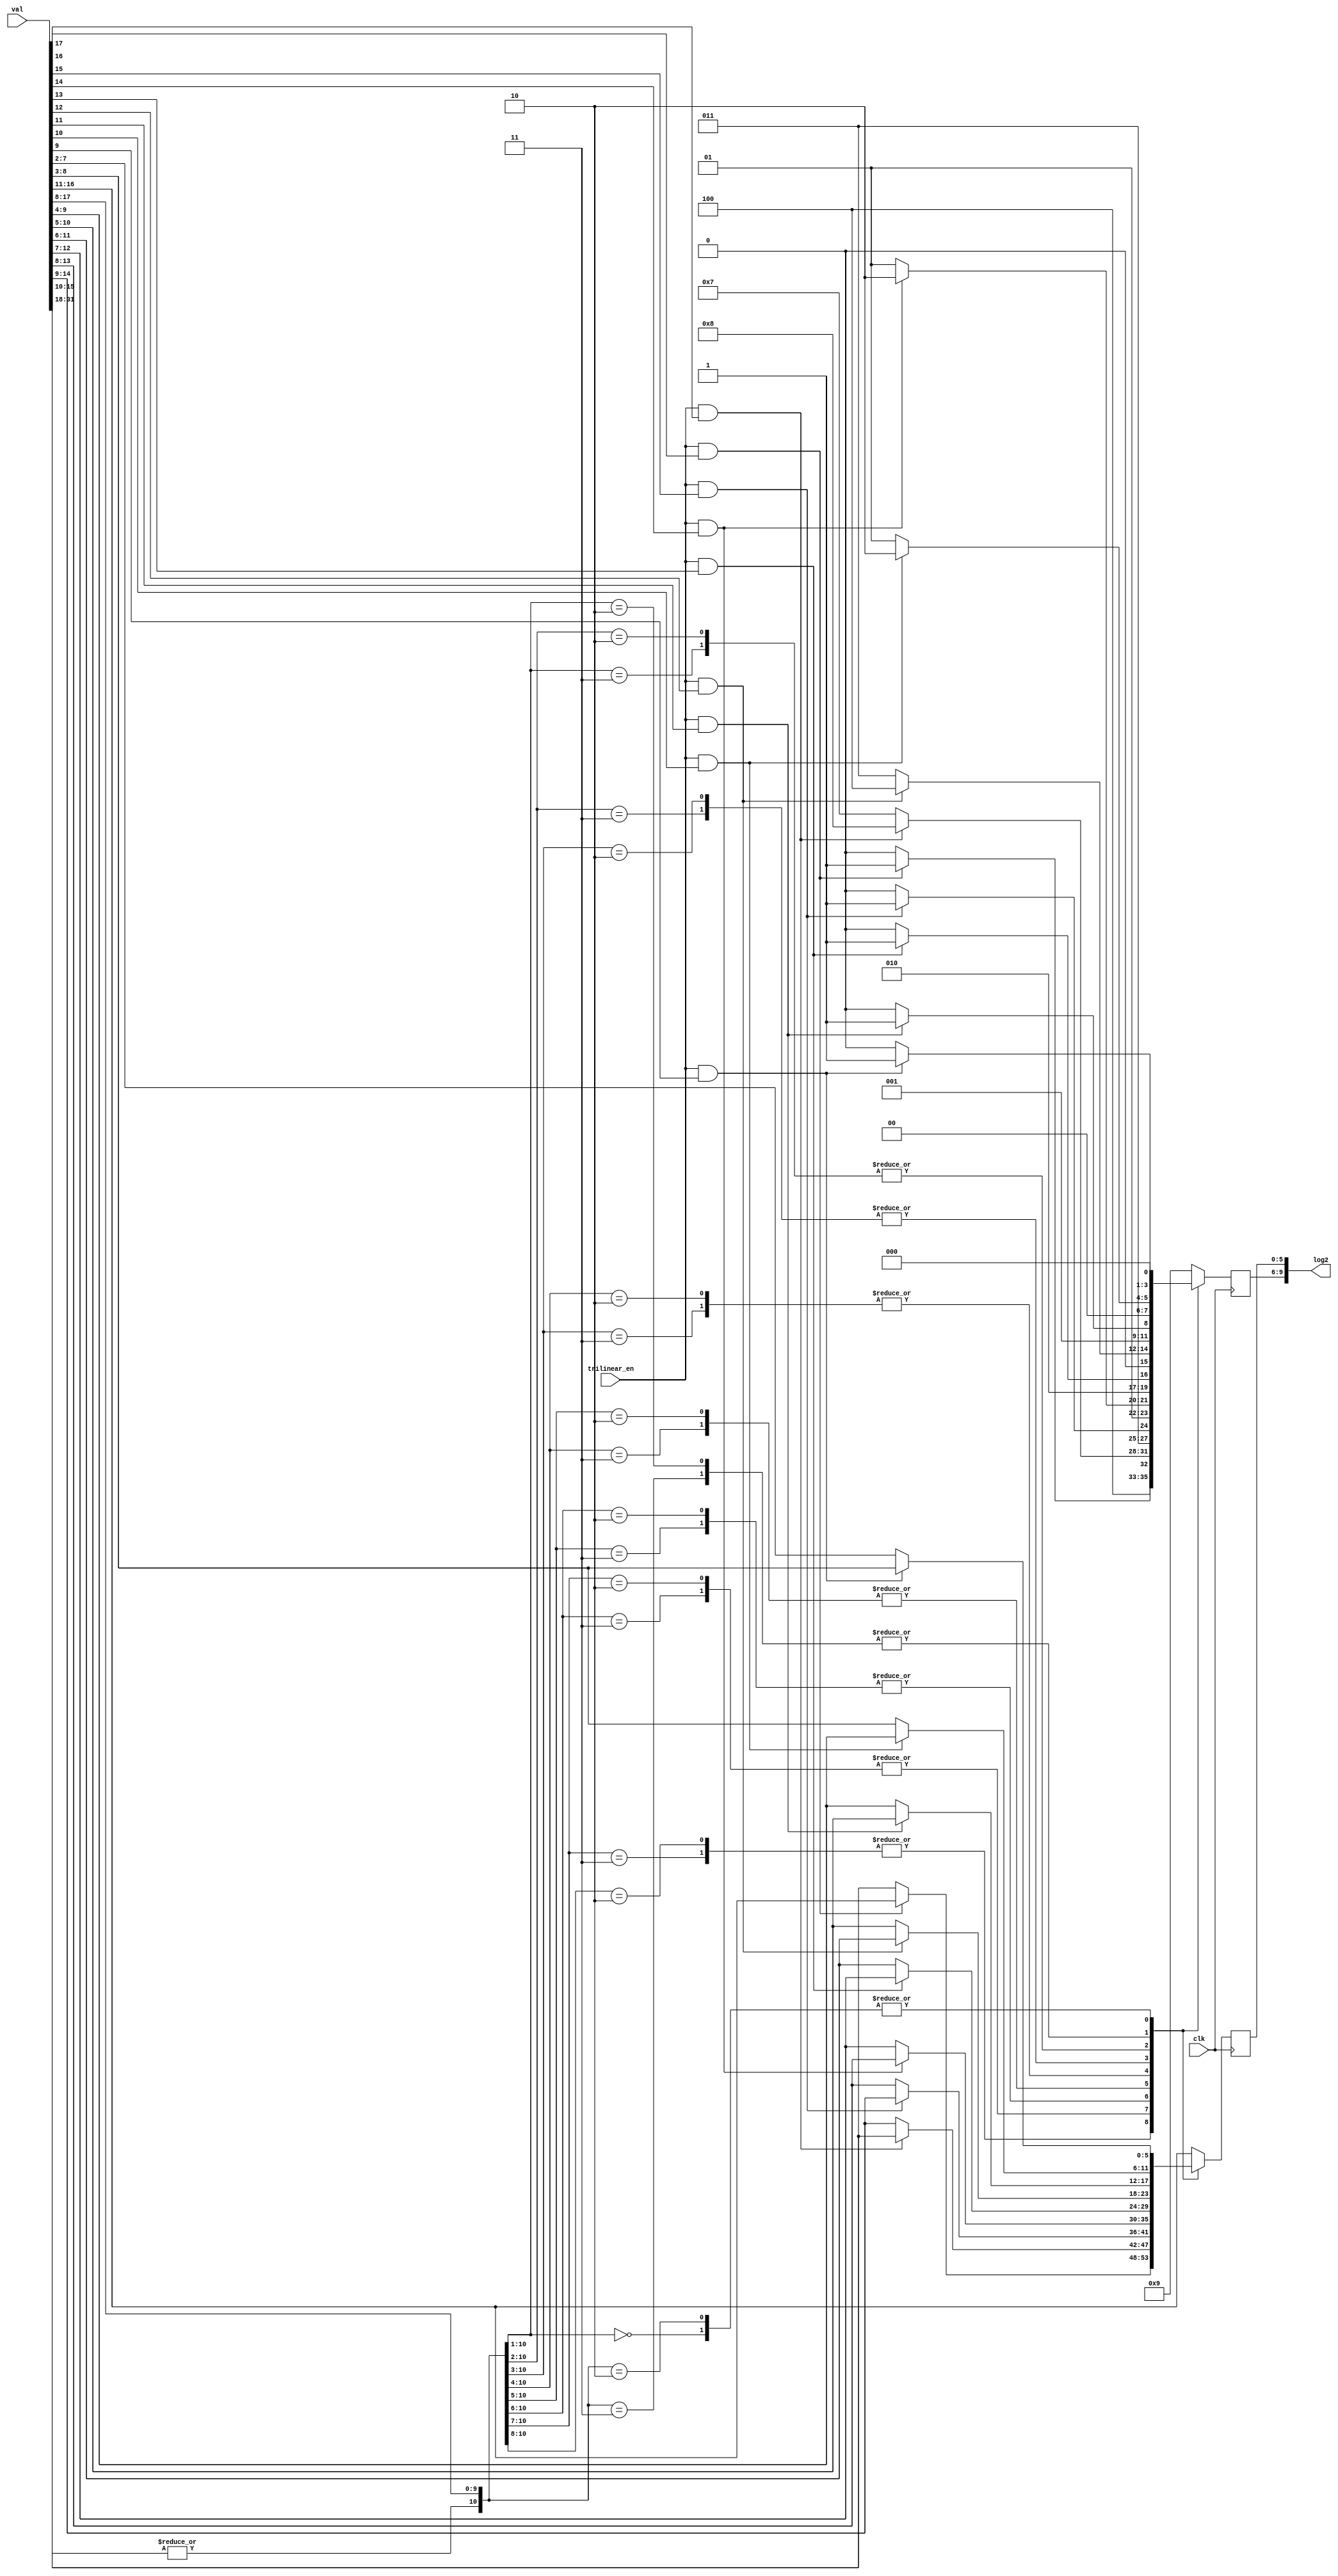
module log2_table
	(
	input	     	clk,			
	input		trilinear_en, 		
	input	[31:0]	val, 			
	output	[9:0]	log2
	);
	reg	[3:0]	int_mm_no;
	reg	[5:0]	lod_fract;
	wire		 over_flow;
	wire	[9:0]	 log_in;
	assign log_in = val[17:8];
	assign over_flow = |val[31:18];
always @(posedge clk) begin
	casex ({over_flow, log_in})
		11'b0_10xxxxxxx_x, 11'b0_011xxxxxx_x:	begin 
			if(trilinear_en && log_in[9]) begin
				int_mm_no <= 4'h9; 
				lod_fract <= val[16:11];
			end 
			else begin
				int_mm_no <= 4'h8;
				lod_fract <= val[15:10];
			end
		end	
		11'b0_010xxxxxx_x, 11'b0_0011xxxxx_x: begin 
			if(trilinear_en && log_in[8]) begin
				int_mm_no <= 4'h8; 
				lod_fract <= val[15:10];
			end 
			else begin
				int_mm_no <= 4'h7;
				lod_fract <= val[14:9];
			end
		end
		11'b0_0010xxxxx_x, 11'b0_00011xxxx_x:	begin 
			if(trilinear_en && log_in[7]) begin
				int_mm_no <= 4'h7; 
				lod_fract <= val[14:9];
			end 
			else begin
				int_mm_no <= 4'h6;
				lod_fract <= val[13:8];
			end
		end
		11'b0_00010xxxx_x, 11'b0_000011xxx_x:	begin 
			if(trilinear_en && log_in[6]) begin
				int_mm_no <= 4'h6; 
				lod_fract <= val[13:8];
			end 
			else begin
				int_mm_no <= 4'h5;
				lod_fract <= val[12:7];
			end
		end
		11'b0_000010xxx_x, 11'b0_0000011xx_x:	begin 
			if(trilinear_en && log_in[5]) begin
				int_mm_no <= 4'h5; 
				lod_fract <= val[12:7];
			end 
			else begin
				int_mm_no <= 4'h4;
				lod_fract <= val[11:6];
			end
		end
		11'b0_0000010xx_x, 11'b0_00000011x_x:	begin 
			if(trilinear_en && log_in[4]) begin
				int_mm_no <= 4'h4; 
				lod_fract <= val[11:6];
			end 
			else begin
				int_mm_no <= 4'h3;
				lod_fract <= val[10:5];
			end
		end
		11'b0_00000010x_x, 11'b0_000000011_x:	begin 
			if(trilinear_en && log_in[3]) begin
				int_mm_no <= 4'h3; 
				lod_fract <= val[10:5];
			end 
			else begin
				int_mm_no <= 4'h2;
				lod_fract <= val[9:4];
			end
		end
		11'b0_000000010_x, 11'b0_000000001_1:	begin 
			if(trilinear_en && log_in[2]) begin
				int_mm_no <= 4'h2; 
				lod_fract <= val[9:4];
			end 
			else begin
				int_mm_no <= 4'h1;
				lod_fract <= val[8:3];
			end
		end
		11'b0_000000001_0, 11'b0_000000000_x:	begin 
			if(trilinear_en && log_in[1]) begin
				int_mm_no <= 4'h1; 
				lod_fract <= val[8:3];
			end 
			else begin
				int_mm_no <= 4'h0;
				lod_fract <= val[7:2];
			end
		end
		default: begin
				int_mm_no <= 4'h9; 
				lod_fract <= val[16:11];
		end
	endcase
end
assign log2 = {int_mm_no, lod_fract};
endmodule